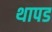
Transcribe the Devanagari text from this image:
थापड